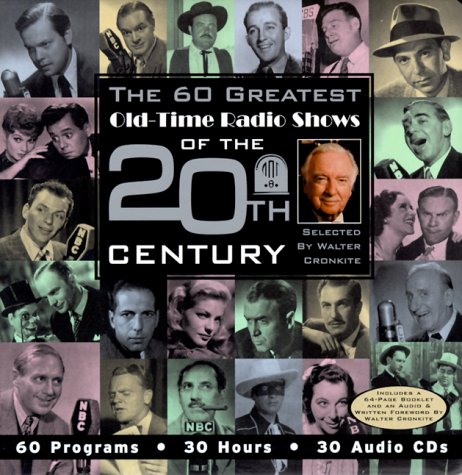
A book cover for The 60 Greatest Old-Time Radio Shows of the 20th Century selected by Walter Cronkite; Humor & Entertainment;